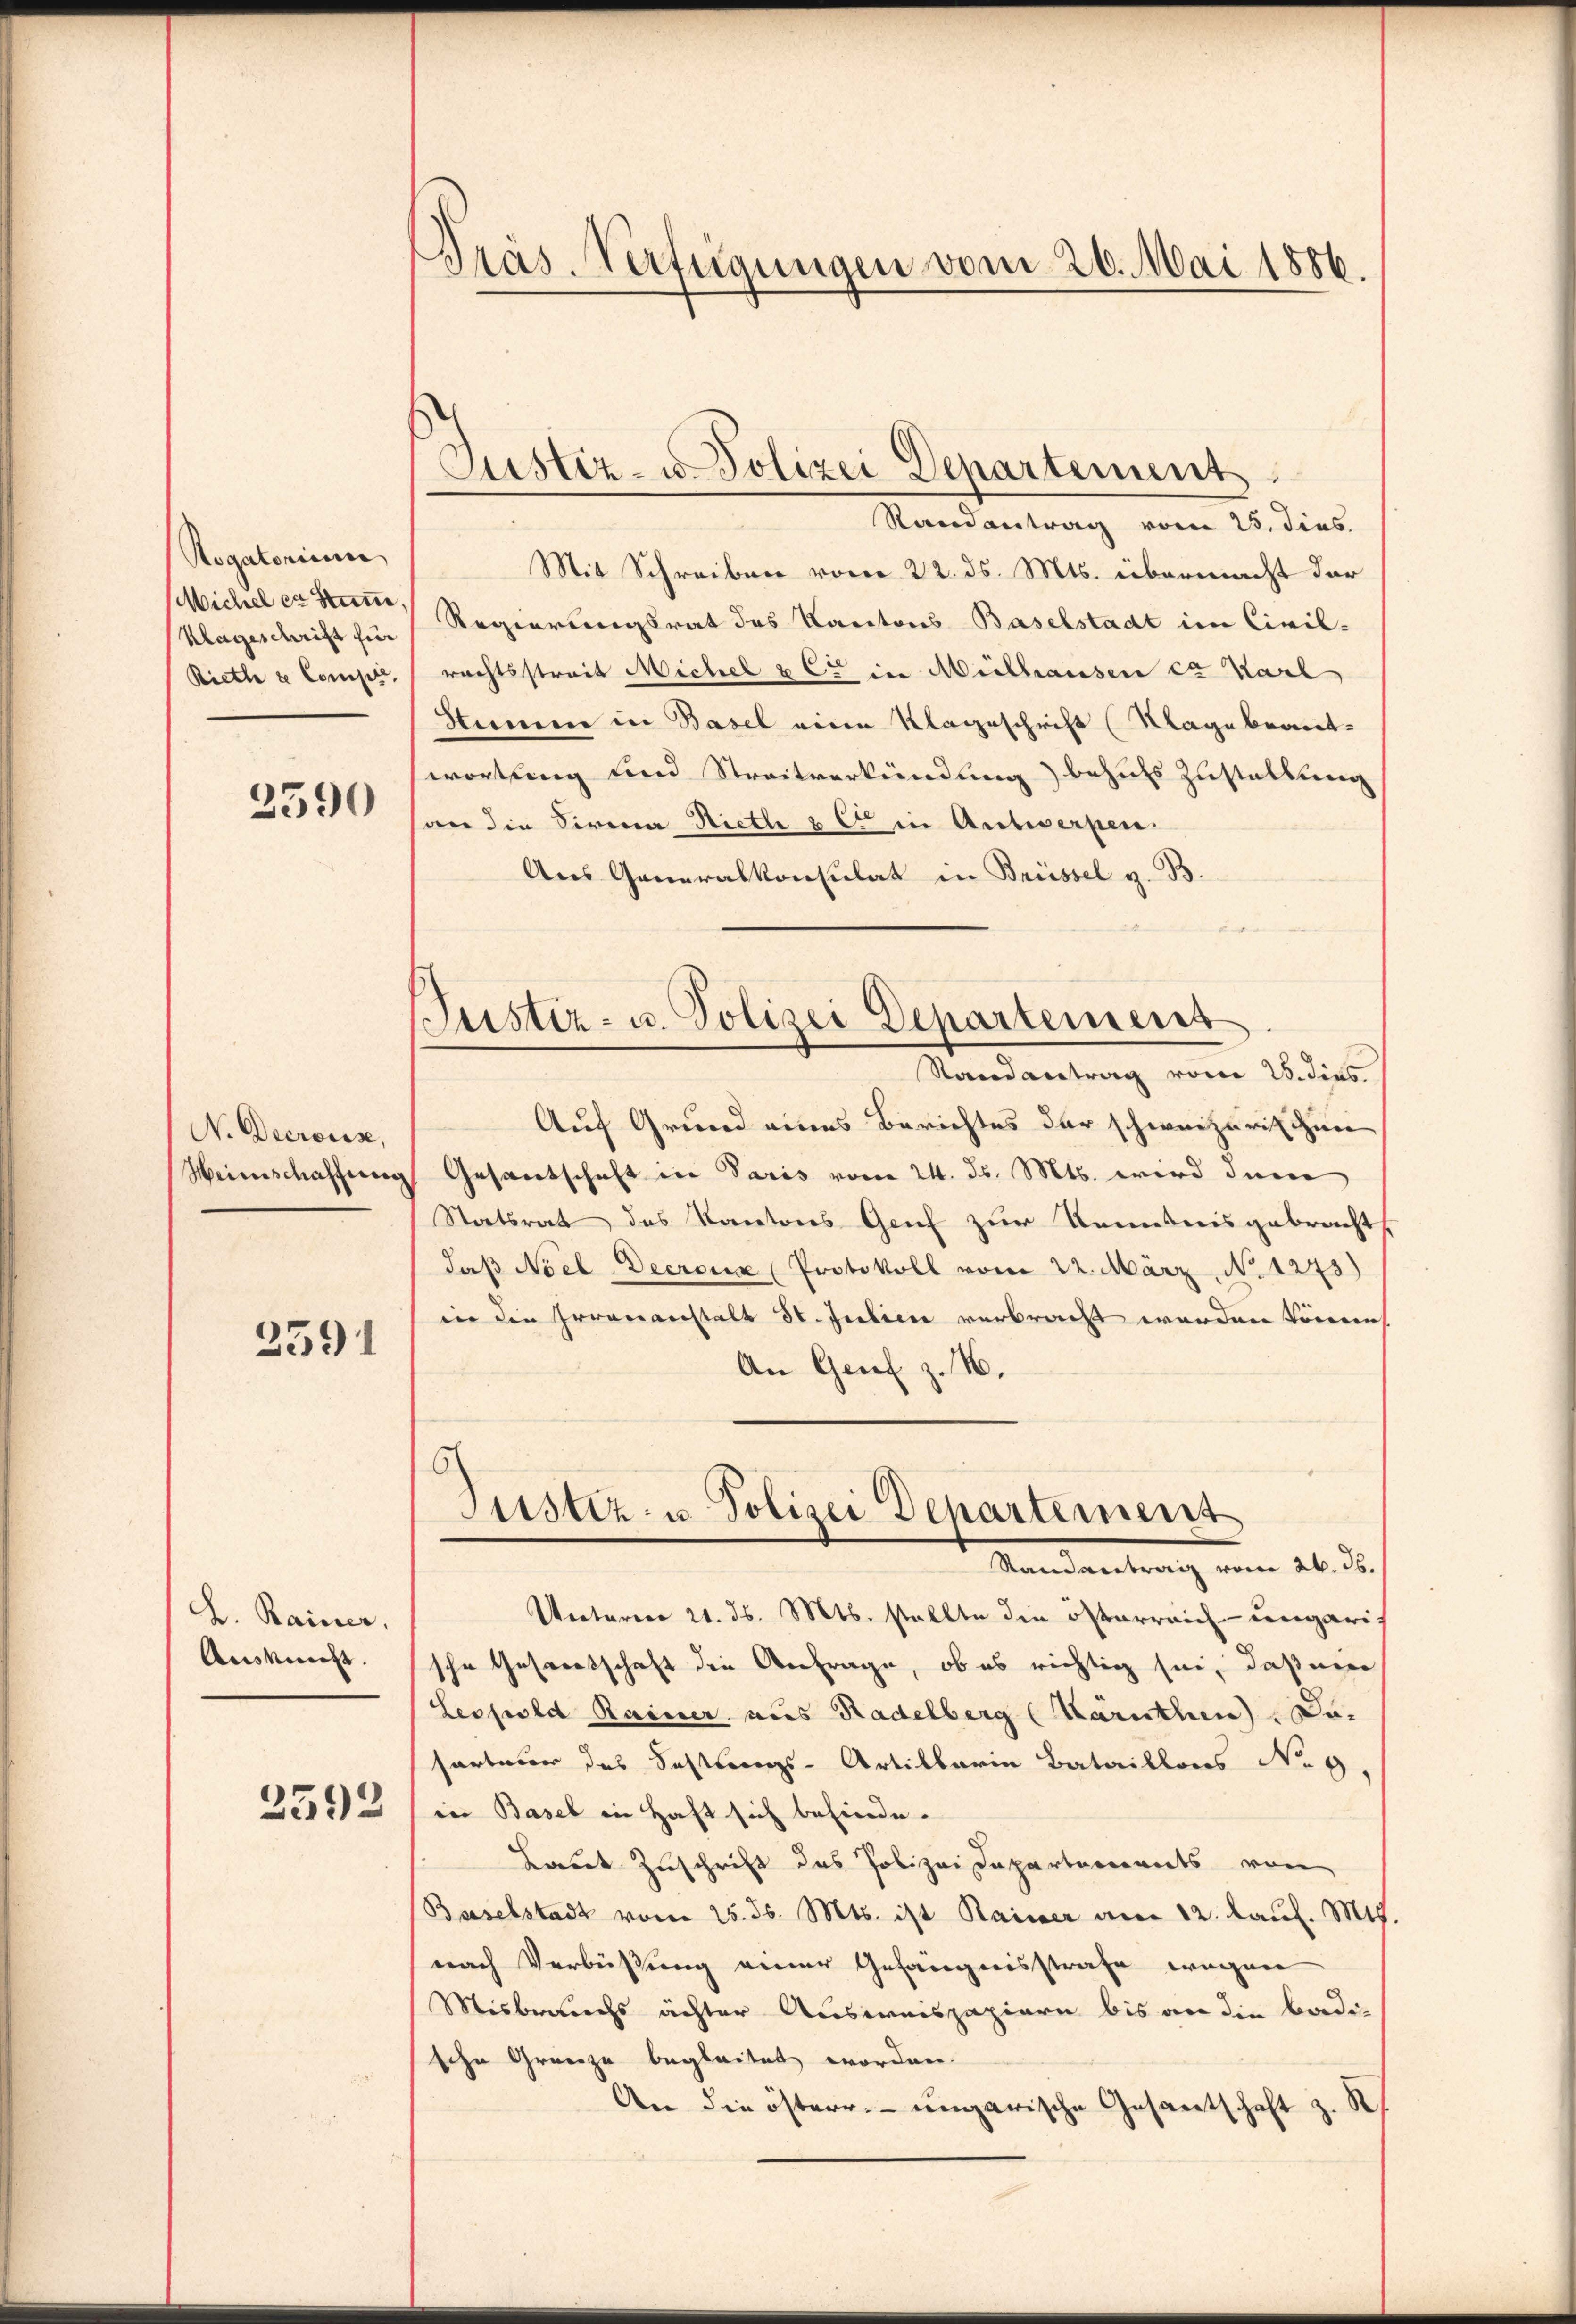
Rogatorium
Michel er Stam
Klageschrift für
Riethe & Comp.

2590

N. Decrouise,
Heinschaffung

3591

B. Rainer,
Auskunft.
2592

Pras. Verfügungen vom 26. Mai 1886.

Zustiz- u. Polizei Departement.

Randantrag vom 25. dies
Mit Schreiben vom 22. ds. Mts. übermacht der
Regierungsrat des Kantons Baselstadt im Civil-
rechtsstreit Michel & Cie in Mülhausen es Karl
Sume in Basel eine Klageschrift (Klage beantwortung und Streitverkündung behufs Zustellung
an die Firma Nieth u. et in Antwerpen.
Aus Generalkonsulat in Brüssel z. B.
Auf Grund eines Berichtes der schweizerischen
Gesantschaft in Paris vom 24. ds. Mts. wird dem
Staatsrat des Kantons Genf zur Kenntnisgebracht
daβ Noel Decrona (Protokoll vom 22. März, No 1273)
in die Irrenanstalt St. Julien verbracht werden könne,
An Genf z. B.
6
Justiz- u. Polizei Departement
Standeantrag vom 26. 26.
Vetarier 21. ds. Mts. stellte die österreich-ungarische Gesportschaft die Anfrage, ob es richtig sei, daß ein
Leopold Rainer aus Radelberg (Kärnthen u.
sarteur des Festungs-Artillaria Bataillons Nog,
in Basel in Haft sich befinde.
Laut Zuschrift das Polizei Daparterrents von
Baselstadt vom 25. ds. Mts. ist Rainer am 12. Kaul. Mts.
nach Verbüßung einer Gefängnisstrafe wegen
Misbrauchs achter Ausweispapiere bis an die Badische Grenze begleitet worden.
d
An die österr. ungarische Gesantschaft z.

Justiz- u. Polizei Departement
Randantrag vom 25. dies